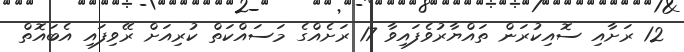
12 ރަށާއި ސޮއިކުރަން ތައްޔާރުވެފައިވާ 17 ރަށެއްގެ މަސައްކަތް ކުރިއަށް ރޭވިފައި އެބައޮތް